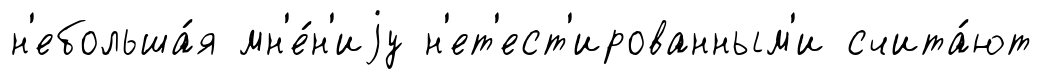
н'ебольша́я мн'е́н'иjу н'ет'ест'ированным'и счита́ют